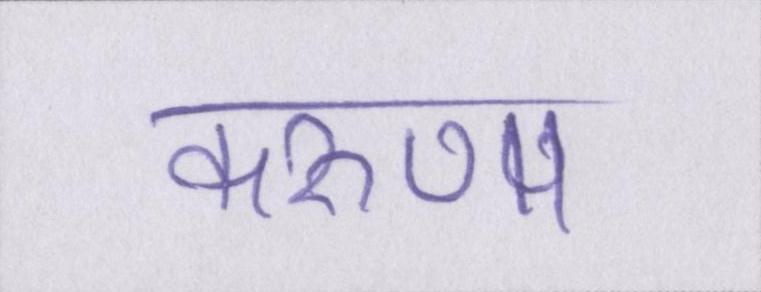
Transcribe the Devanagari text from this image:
करुणा